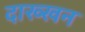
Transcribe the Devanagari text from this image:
दाख्खन